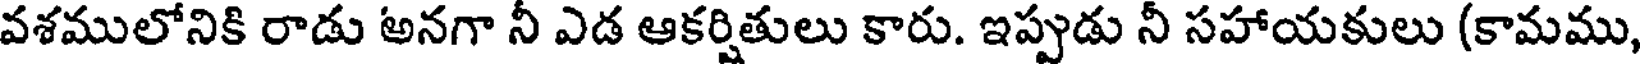
వశములోనికి రాడు అనగా నీ ఎడ ఆకర్షితులు కారు. ఇప్పుడు నీ సహాయకులు (కామము,